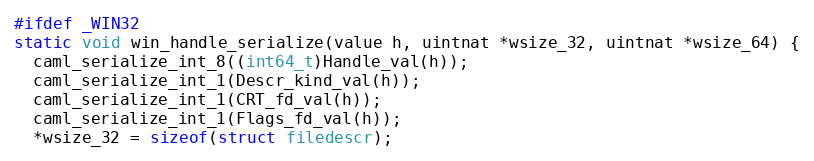
Language: C
#ifdef _WIN32
static void win_handle_serialize(value h, uintnat *wsize_32, uintnat *wsize_64) {
  caml_serialize_int_8((int64_t)Handle_val(h));
  caml_serialize_int_1(Descr_kind_val(h));
  caml_serialize_int_1(CRT_fd_val(h));
  caml_serialize_int_1(Flags_fd_val(h));
  *wsize_32 = sizeof(struct filedescr);